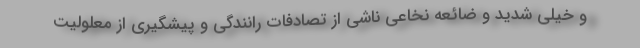
و خیلی شدید و ضائعه نخاعی ناشی از تصادفات رانندگی و پیشگیری از معلولیت